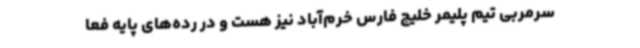
سرمربی تیم پلیمر خلیج فارس خرم‌آباد نیز هست و در رده‌های پایه فعا